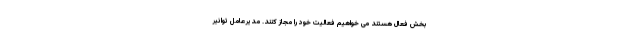
بخش فعال هستند می خواهیم فعالیت خود را مجاز کنند. مدیرعامل توانیر